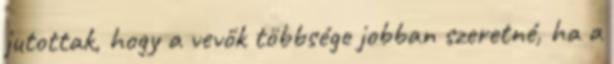
jutottak, hogy a vevők többsége jobban szeretné, ha a